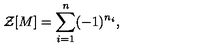
{ \cal Z } [ M ] = \sum _ { i = 1 } ^ { n } ( - 1 ) ^ { n _ { i } } ,